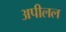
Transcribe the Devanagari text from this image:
अपीलल